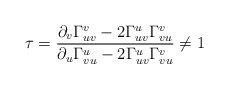
\begin{align*} \tau=\frac{\partial_v\Gamma_{uv}^v-2\Gamma_{uv}^u\Gamma_{vu}^v}{\partial_u\Gamma_{vu}^u-2\Gamma_{uv}^u\Gamma_{vu}^v}\neq 1 \end{align*}